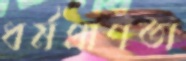
ধর্মপ্রাণতা